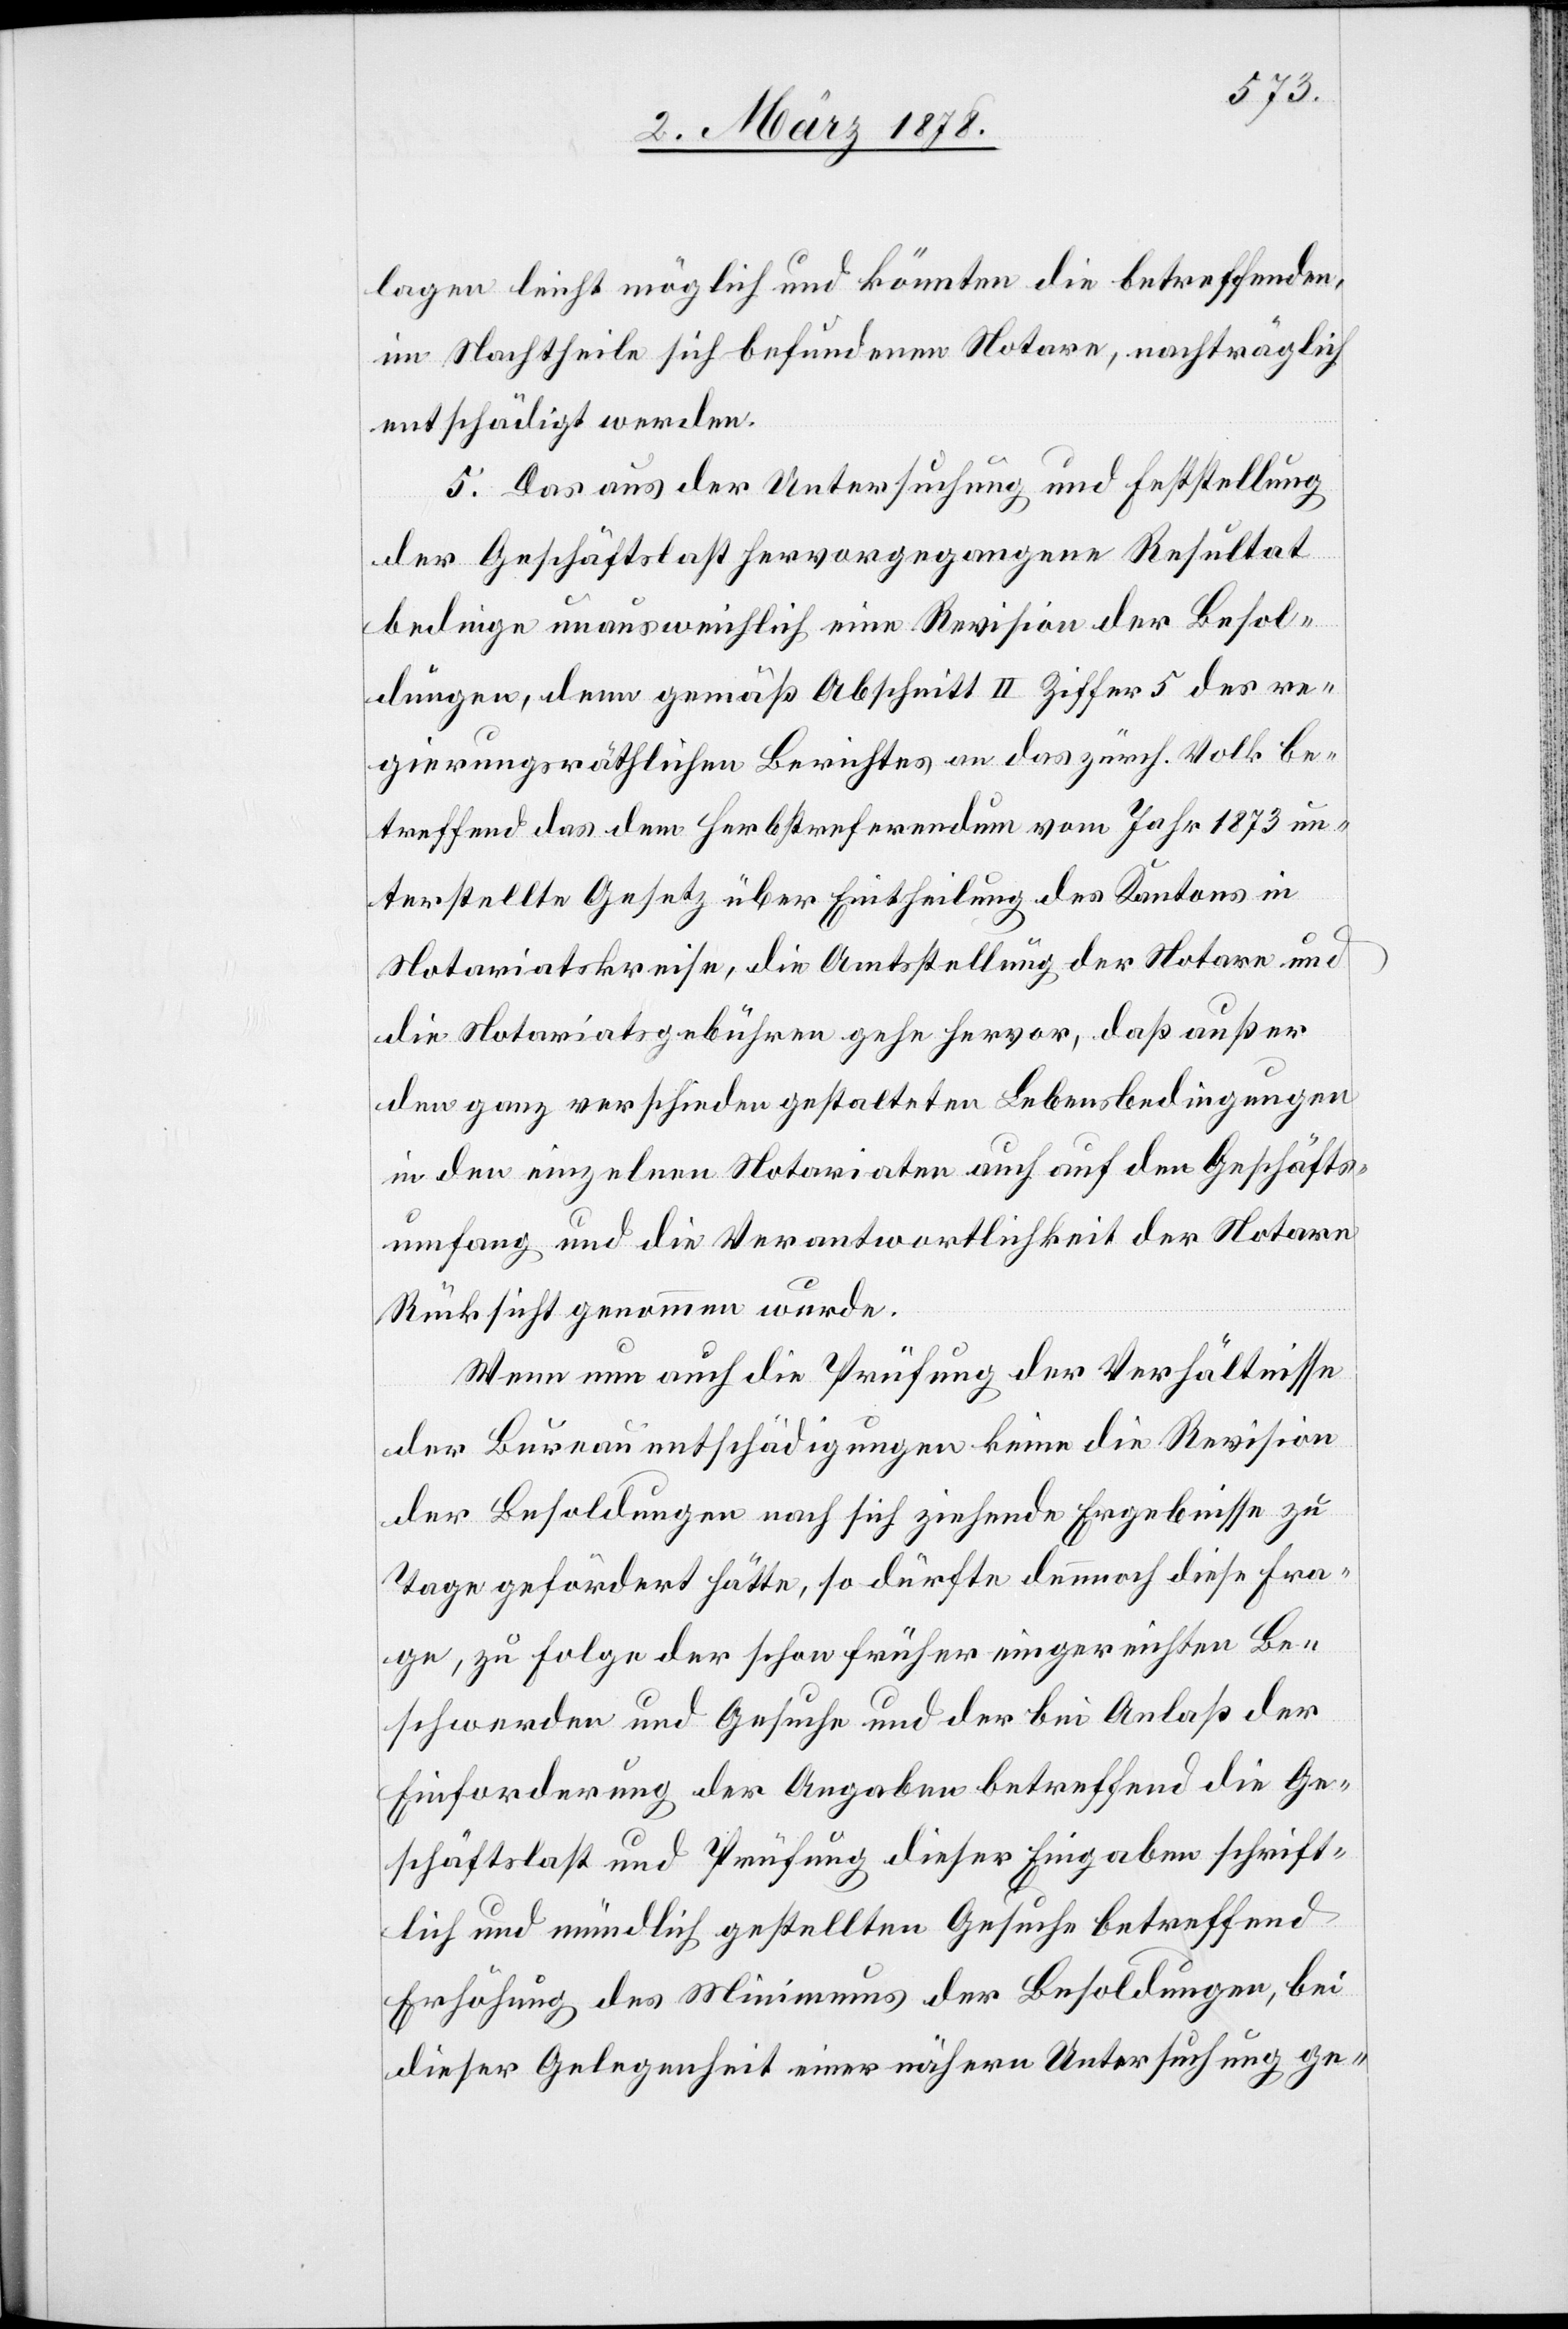
lagen leicht möglich und könnten die betreffenden,
im Nachtheile sich befundenen Notare, nachträglich
entschädigt werden.
5. Das aus der Untersuchung und Feststellung
der Geschäftslast hervorgegangene Resultat
bedinge unausweichlich eine Revision der Besol¬
dungen, denn gemäß Abschnitt II Ziffer 5 des re¬
gierungsräthlichen Berichtes an das zürch. Volk be¬
treffend das dem Herbstreferendum vom Jahr 1873 un¬
terstellte Gesetz über Eintheilung des Kantons in
Notariatskreise, die Amtstellung der Notare und
die Notariatsgebühren gehe hervor, daß außer
den ganz verschieden gestalteten Lebensbedingungen
in den einzelnen Notariaten auch auf den Geschäfts¬
umfang und die Verantwortlichkeit der Notare
Rücksicht genommen wurde.
Wenn nun auch die Prüfung der Verhältnisse
der Bureauentschädigungen keine die Revision
der Besoldungen nach sich ziehende Ergebnisse zu
Tage gefördert hätte, so dürfte dennoch diese Fra¬
ge, zu Folge der schon früher eingereichten Be¬
schwerden und Gesuche und der bei Anlaß der
Einforderung der Angaben betreffend die Ge¬
schäftslast und Prüfung dieser Eingaben schrift¬
lich und mündlich gestellten Gesuche betreffend
Erhöhung des Minimums der Besoldungen, bei
dieser Gelegenheit einer nähern Untersuchung ge-